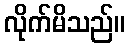
လိုက်မိသည်။